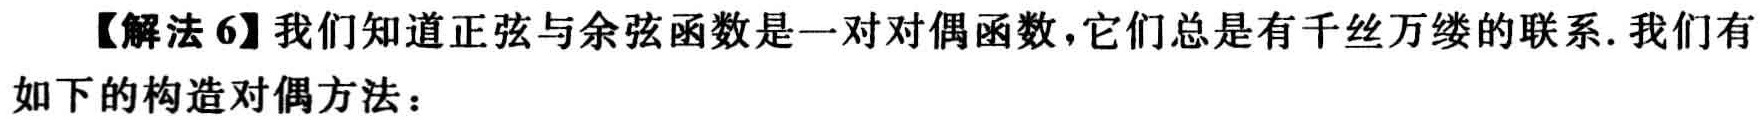
【解法6】我们知道正弦与余弦函数是一对对偶函数，它们总是有千丝万缕的联系. 我们有如下的构造对偶方法：